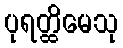
ပုရတ္ထိမေသု